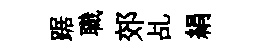
踞職郊乩絹